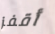
أقفز